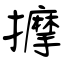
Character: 擵